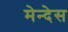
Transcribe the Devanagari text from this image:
मेन्देस